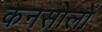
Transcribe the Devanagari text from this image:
कनसोलों